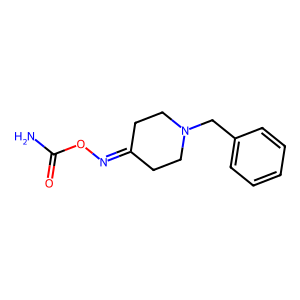
SMILES: NC(=O)ON=C1CCN(Cc2ccccc2)CC1
Inhibits HIV replication: No